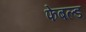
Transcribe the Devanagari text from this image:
फेबल्ड